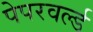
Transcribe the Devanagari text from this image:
पेपरवर्ल्ड